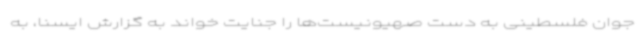
جوان فلسطینی به دست صهیونیست‌ها را جنایت خواند به گزارش ایسنا، به